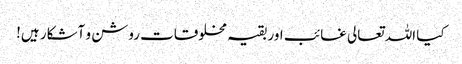
کیا اللہ تعالی غائب اور بقیہ مخلوقات روشن و آشکار ہیں!